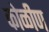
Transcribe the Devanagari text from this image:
कोळीण